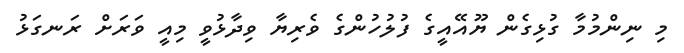
މި ނިންމުމާ ގުޅިގެން ޔޫއޭއީގެ ފުލުހުންގެ ވެރިޔާ ވިދާޅުވީ މިއީ ވަރަށް ރަނގަޅު